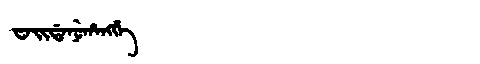
Manchu: ᠸᠠᡳᡩᠠᠨᡠᡥᠠᠩᡤᡝ
Romanization: WAIDANUHANGGE